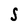
Character: S